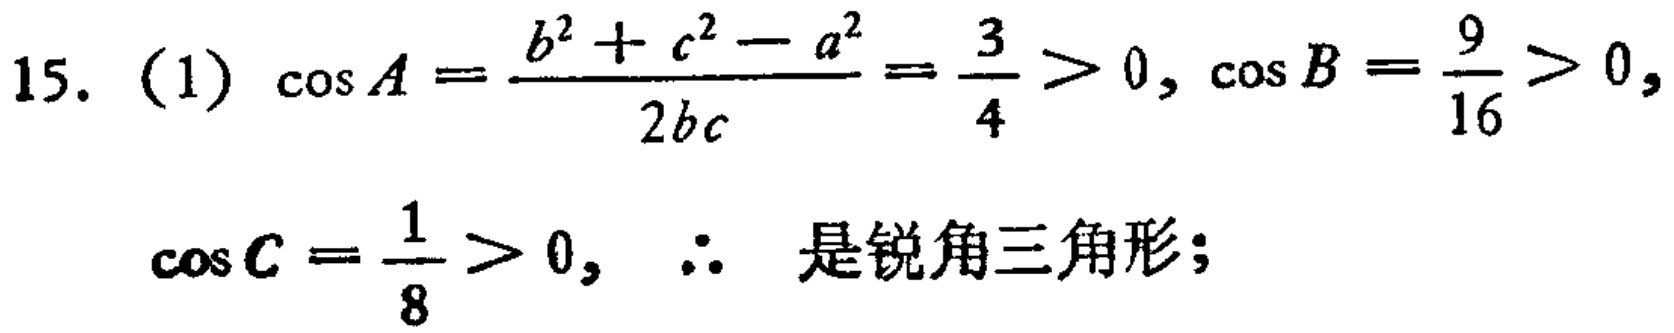
15. (1) \(\cos A=\frac{b^{2}+c^{2}-a^{2}}{2bc}=\frac{3}{4}>0, \cos B = \frac{9}{16}>0,\)
\(\cos C=\frac{1}{8}>0,\) \(\therefore\) 是锐角三角形；